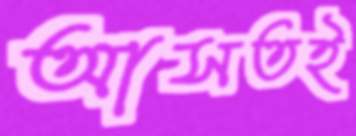
আসতই